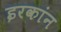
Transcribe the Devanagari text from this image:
इरकांन